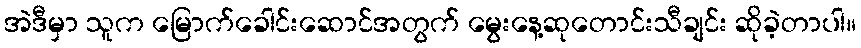
အဲဒီမှာ သူက မြောက်ခေါင်းဆောင်အတွက် မွေးနေ့ဆုတောင်းသီချင်း ဆိုခဲ့တာပါ။